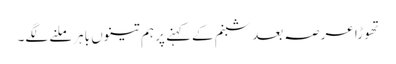
تھوڑا عرصہ بعد شبنم کےکہنے پر ہم تینوں باہرملنے لگے۔